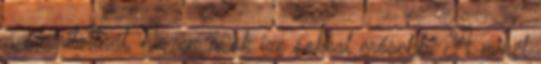
a szárítottnál, hiszen azok íze sokkal erősebb. A minél